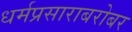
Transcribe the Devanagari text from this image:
धर्मप्रसाराबरोबर